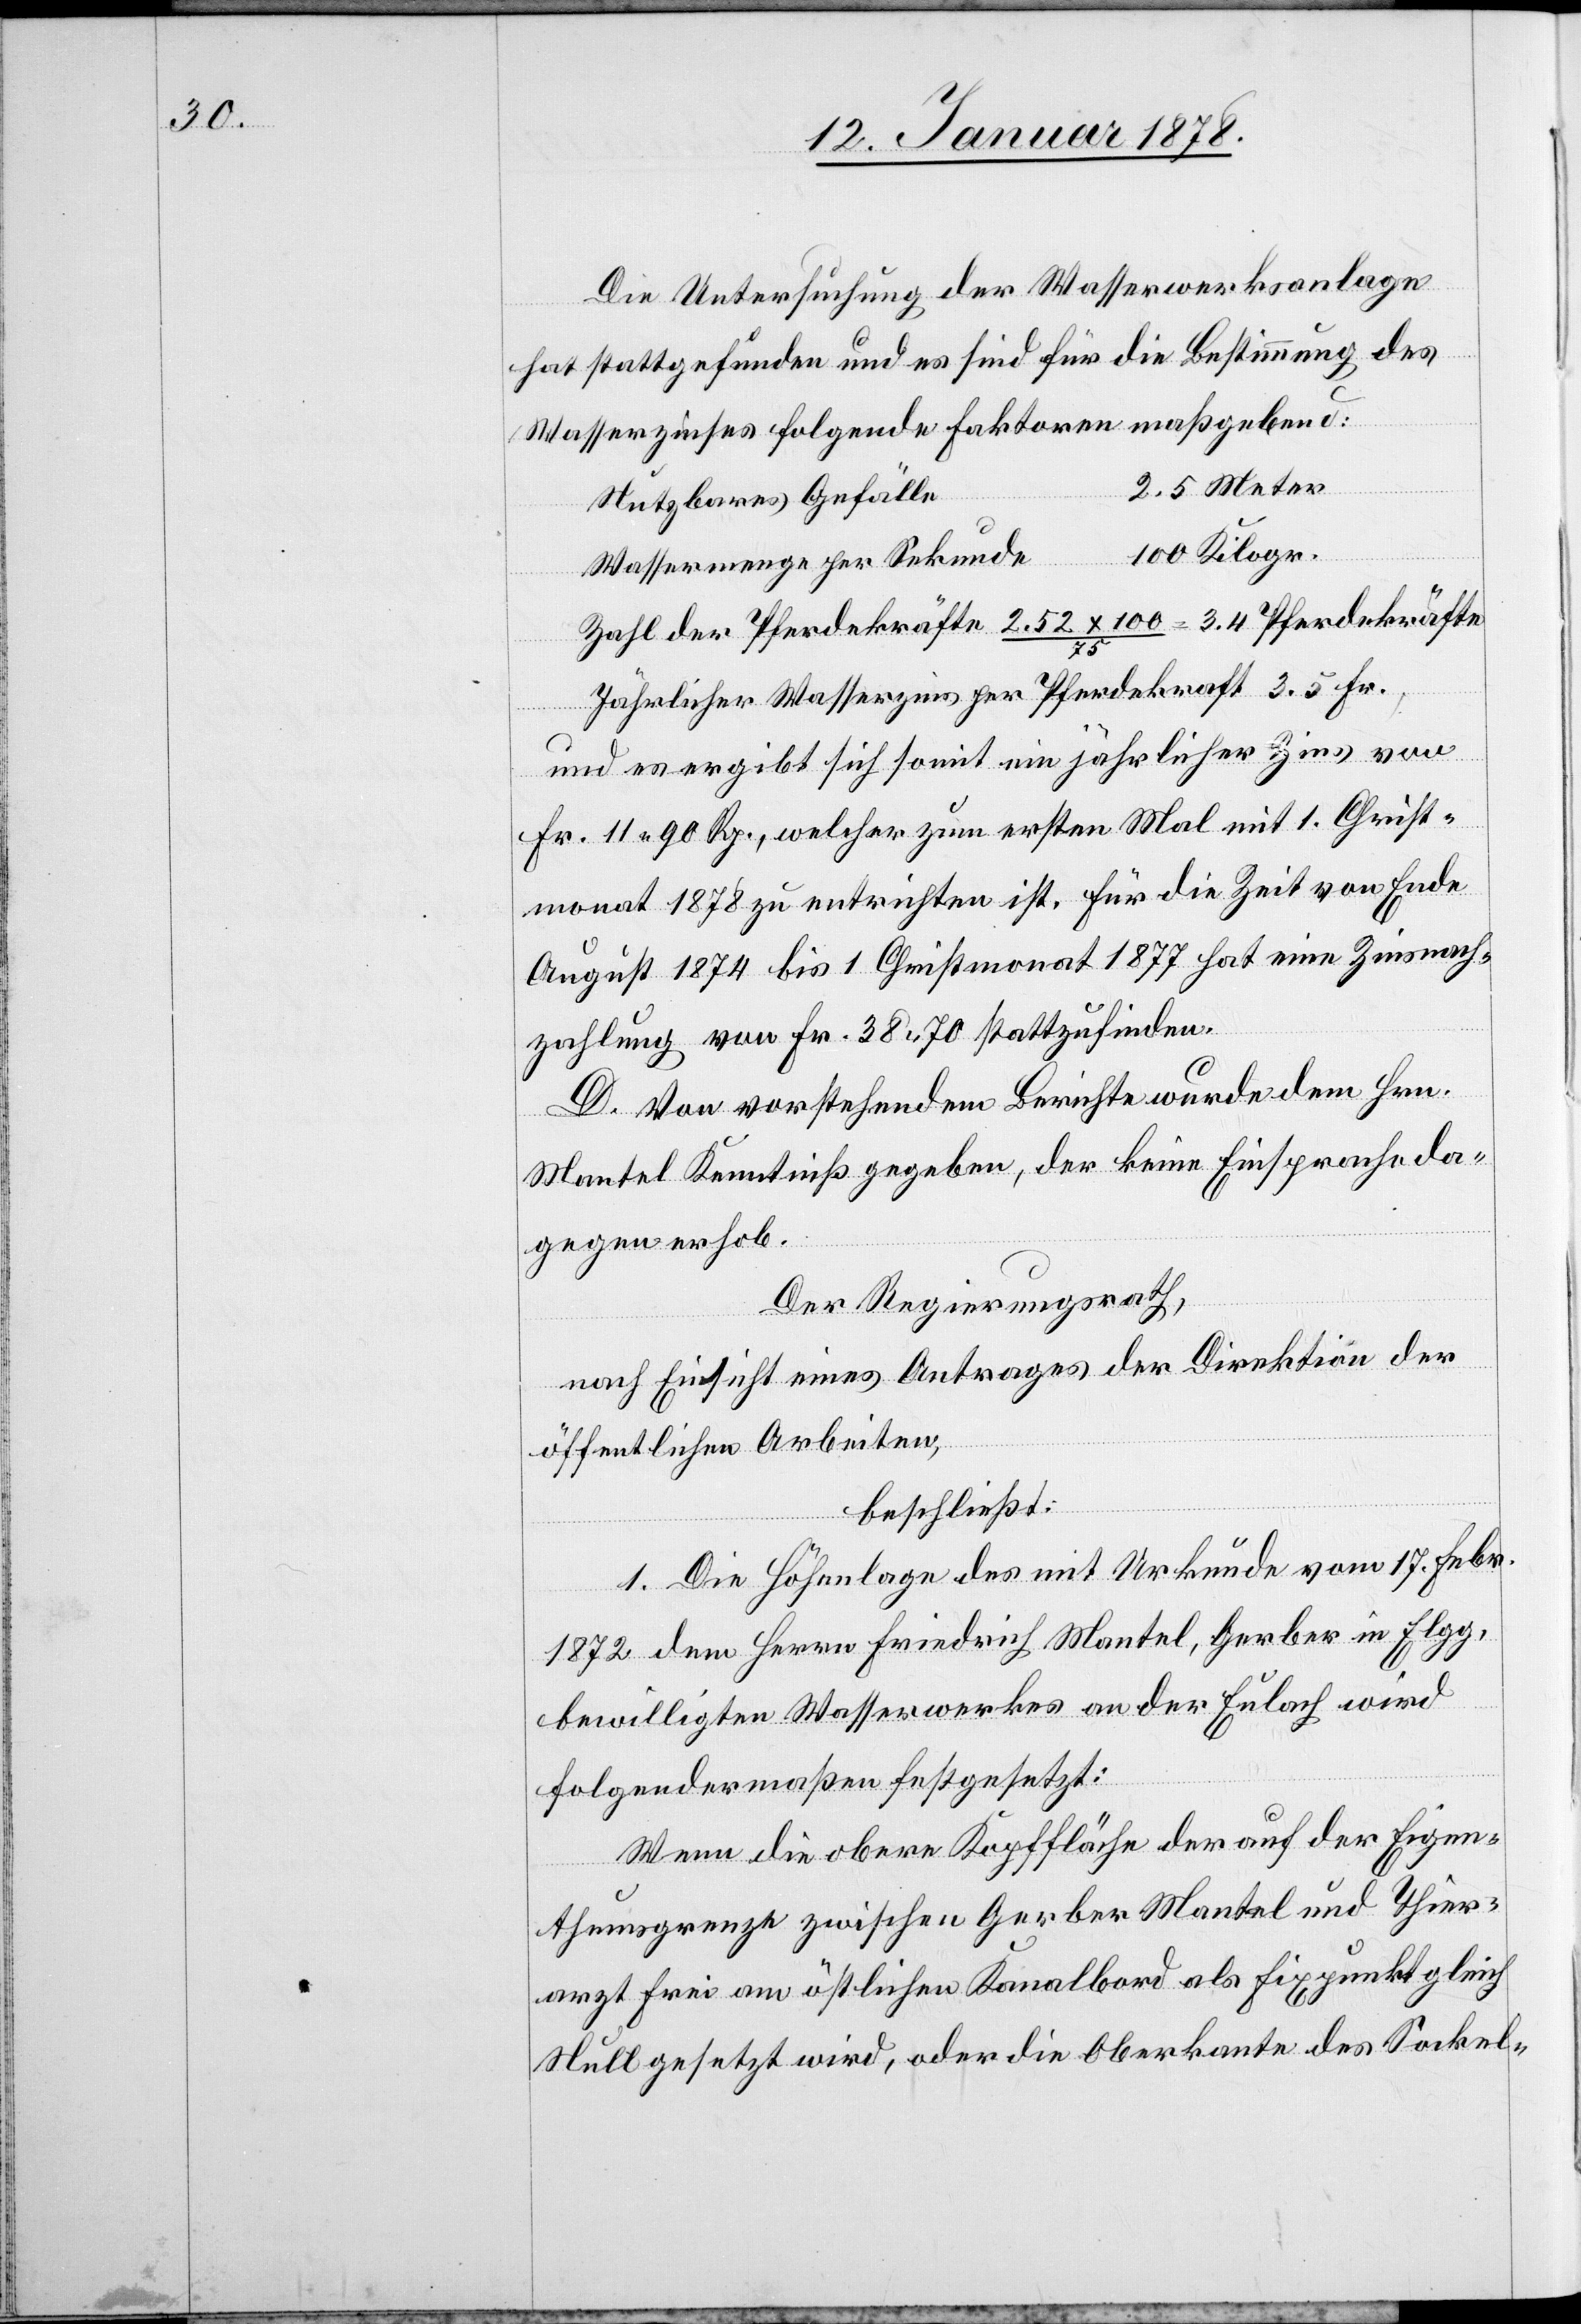
Die Untersuchung der Wasserwerksanlage
hat stattgefunden und es sind für die Bestimmung des
Wassserzinses folgende Faktoren maßgebend:
e	2.5 Meter
Nutzbares Gefäll¬
e	100 Kilogr.
Wassermenge per Sekund¬
Zahl der Pferdekräfte 2.52 x 100 / 75 = 3.4 Pferdekräfte.
Jährlicher Wasserzins per Pferdekraft 3.5 Fr.,
und es ergibt sich somit ein jährlicher Zins von
Fr. 11. 90 Rp., welcher zum ersten Mal mit 1. Christ¬
monat 1878 zu entrichten ist. Für die Zeit von Ende
August 1874 bis 1. Christmonat 1877 hat eine Zinsnach¬
zahlung von Fr. 38.70 stattzufinden.
D. Von vorstehendem Berichte wurde dem Hrn.
Mantel Kenntniß gegeben, der keine Einsprache da¬
gegen erhob.
Der Regierungsrath,
nach Einsicht eines Antrages der Direktion der
öffentlichen Arbeiten,
beschließt:
1. Die Höhenlage des mit Urkunde vom 17 Febr.
1872 dem Herrn Friedrich Mantel, Gerber in Elgg,
bewilligten Wasserwerkes an der Eulach wird
folgendermaßen festgesetzt:
Wenn die obere Kopffläche der auf der Eigen¬
thumsgrenze zwischen Gerber Mantel und Thier¬
arzt Frei am östlichen Kanalbord als Fixpunkt gleich
Null gesetzt wird, oder die Oberkante des Sockel-